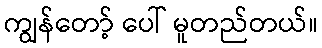
ကျွန်တော့် ပေါ် မူတည်တယ်။